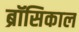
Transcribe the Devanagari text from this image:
ब्रॉसिकाल